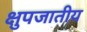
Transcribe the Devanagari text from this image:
क्षुपजातीय